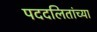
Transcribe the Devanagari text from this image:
पददलितांच्या